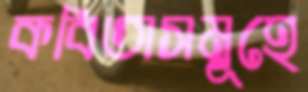
কবিতাসমূহে